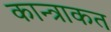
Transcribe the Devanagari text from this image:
कान्त्राकत